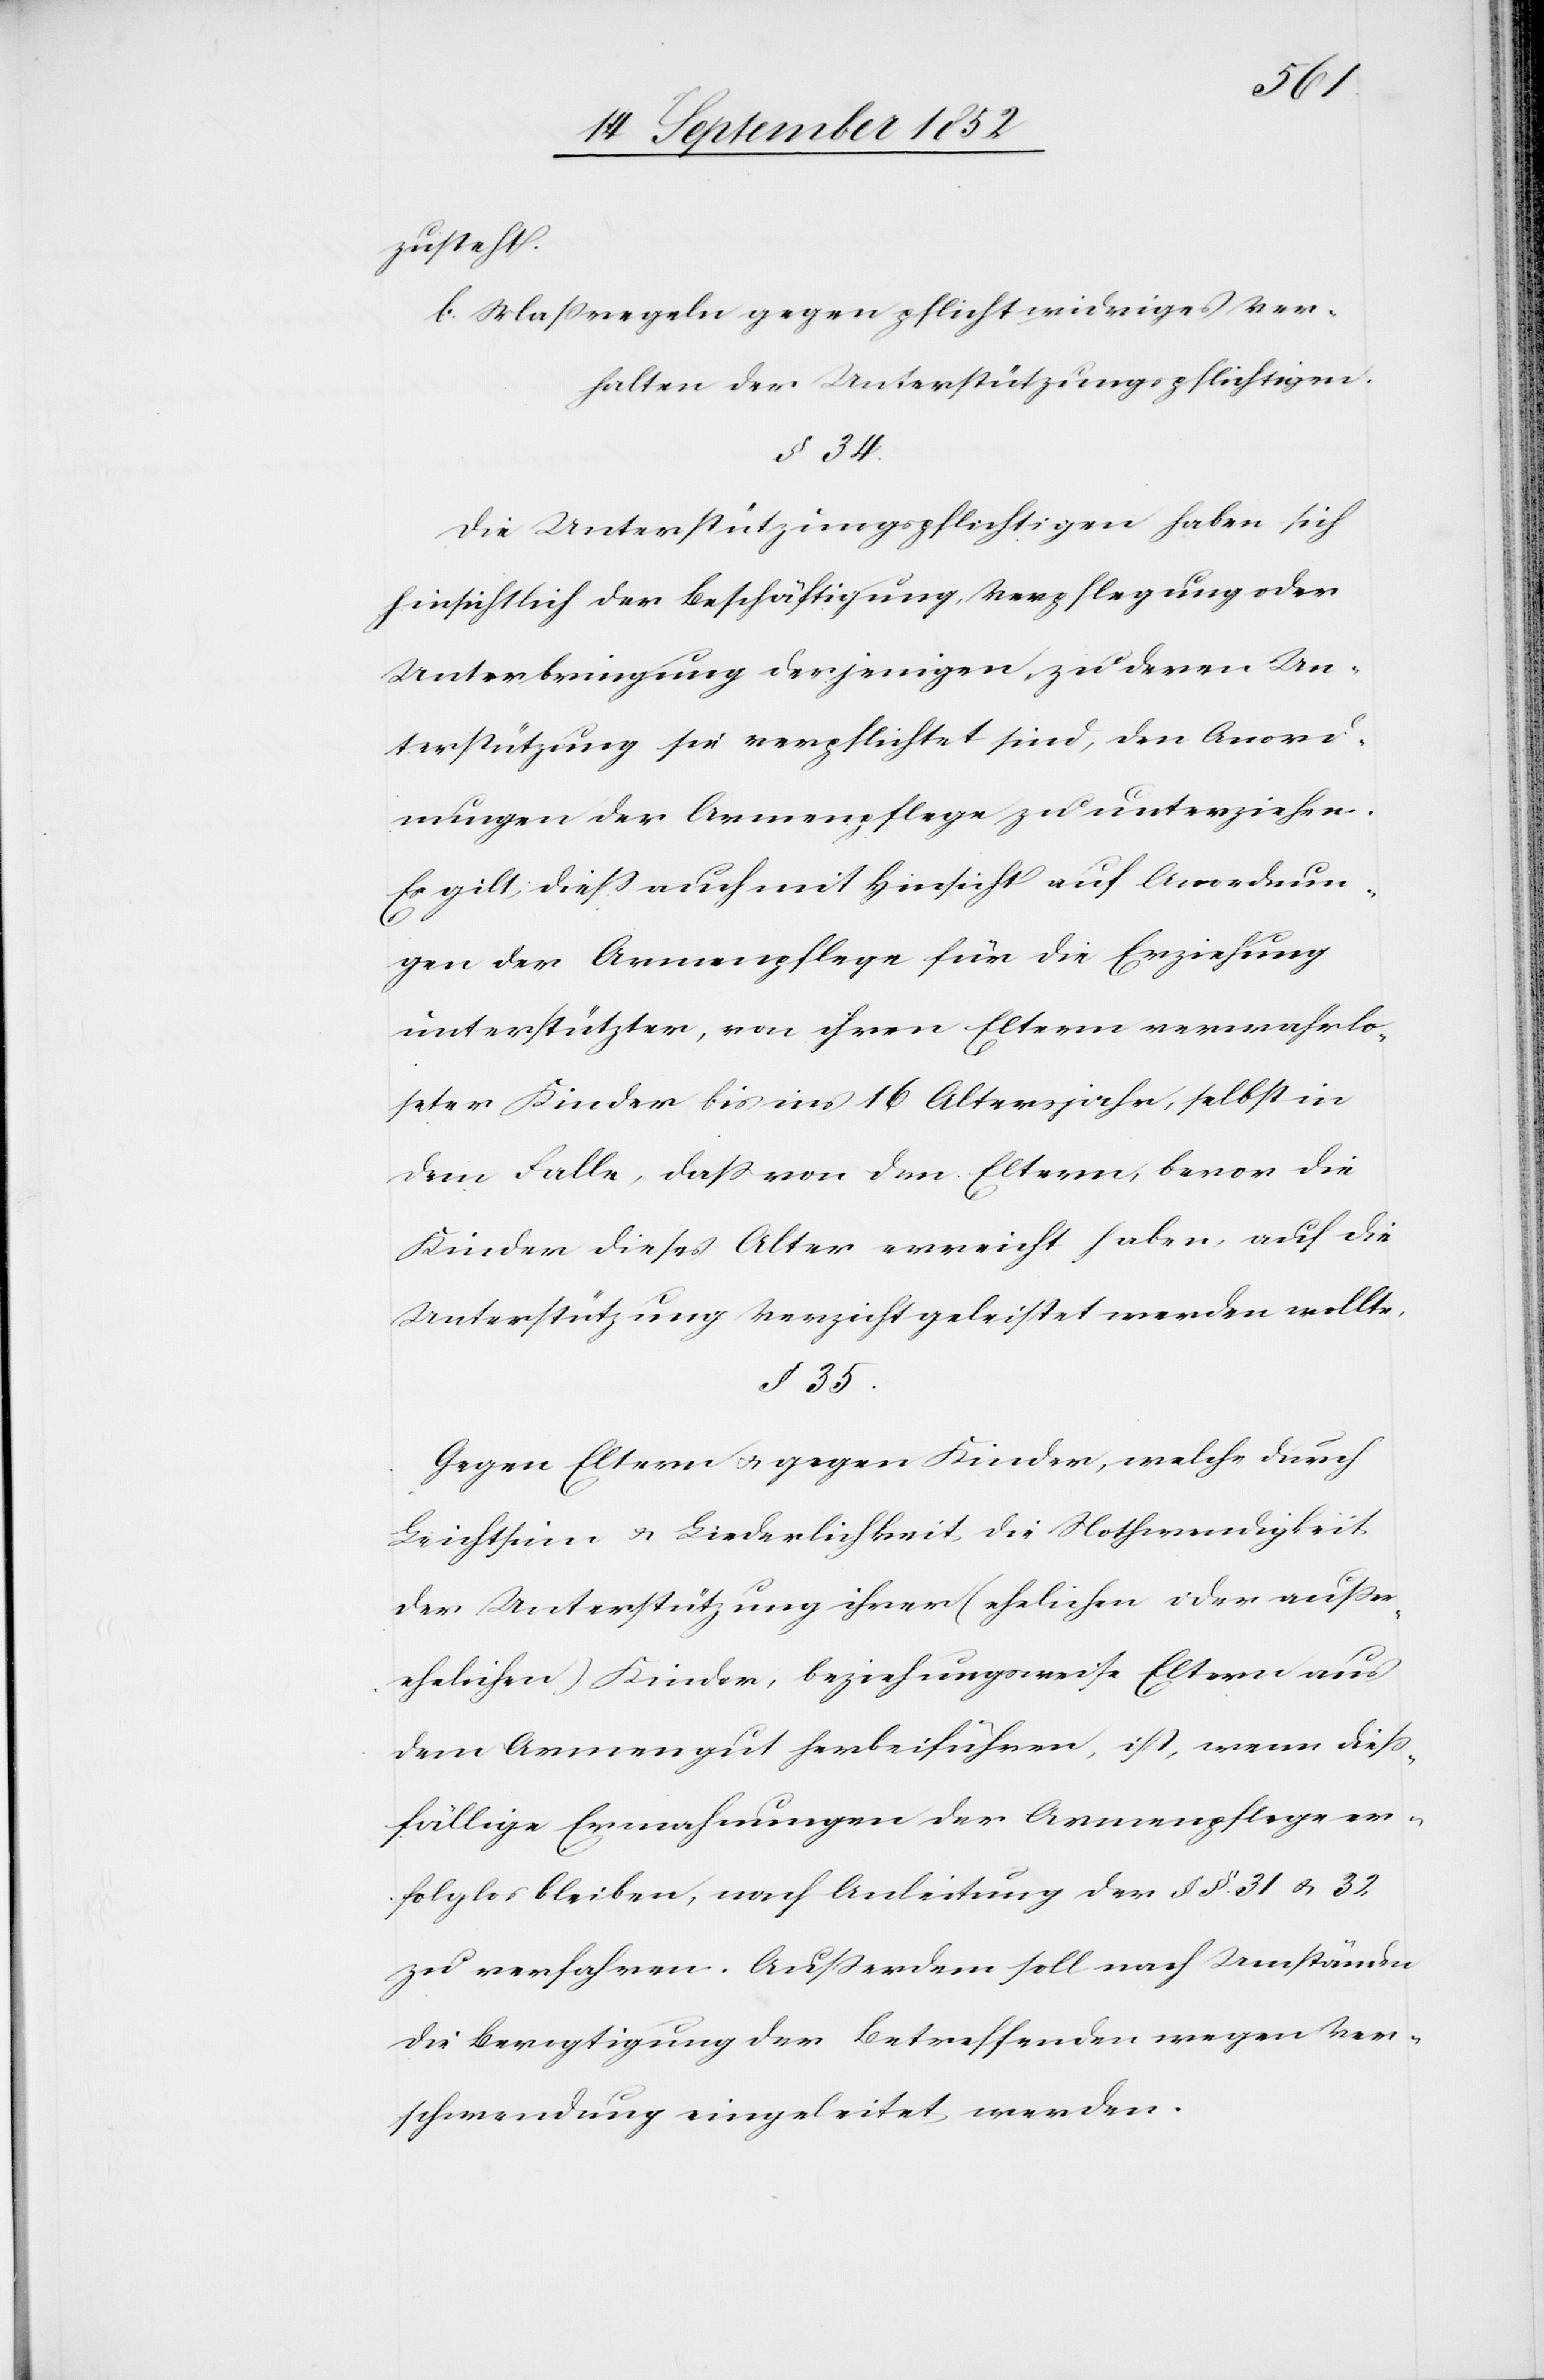
zusteht.
b. Maßregeln gegen pflichtwidriges Ver¬
halten der Unterstützungspflichtigen.
§ 34.
Die Unterstützungspflichtigen haben sich
hinsichtlich der Beschäftigung, Verpflegung oder
Unterbringung derjenigen, zu deren Un¬
terstützung sie verpflichtet sind, den Anord¬
nungen der Armenpflege zu unterziehen.
Es gilt diess auch mit Hinsicht auf Anordnun¬
gen der Armenpflege für die Erziehung
unterstützter, von ihren Eltern verwahrlo¬
seter Kinder bis ins 16 Altersjahr, selbst in
dem Falle, dass von den Eltern, bevor die
Kinder dieses Alter erreicht haben, auf die
Unterstützung Verzicht geleistet werden wollte.
§ 35.
Gegen Eltern & gegen Kinder, welche durch
Leichtsinn & Liederlichkeit die Nothwendigkeit
der Unterstützung ihrer (ehelichen oder außer¬
ehelichen) Kinder, beziehungsweise Eltern aus
dem Armengut herbeiführen, ist, wenn dieß¬
fällige Ermahnungen der Armenpflege er¬
folglos bleiben, nach Anleitung der §§. 31 & 32
zu verfahren. Außerdem soll nach Umständen
die Bevogtigung der Betreffenden wegen Ver¬
schwendung eingeleitet werden.